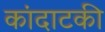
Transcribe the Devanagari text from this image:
कांदाटकी